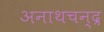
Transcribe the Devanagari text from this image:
अनाथचन्द्र